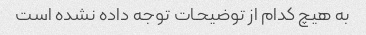
به هیچ کدام از توضیحات توجه داده نشده است